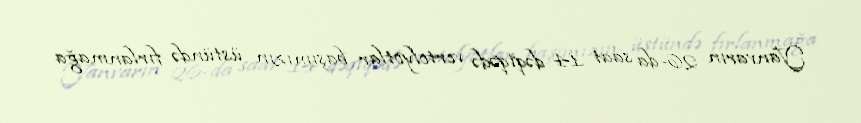
Yanvarın 26-da saat .14 dəqiqədə vertolyotlar başımızın üstündə fırlanmağa